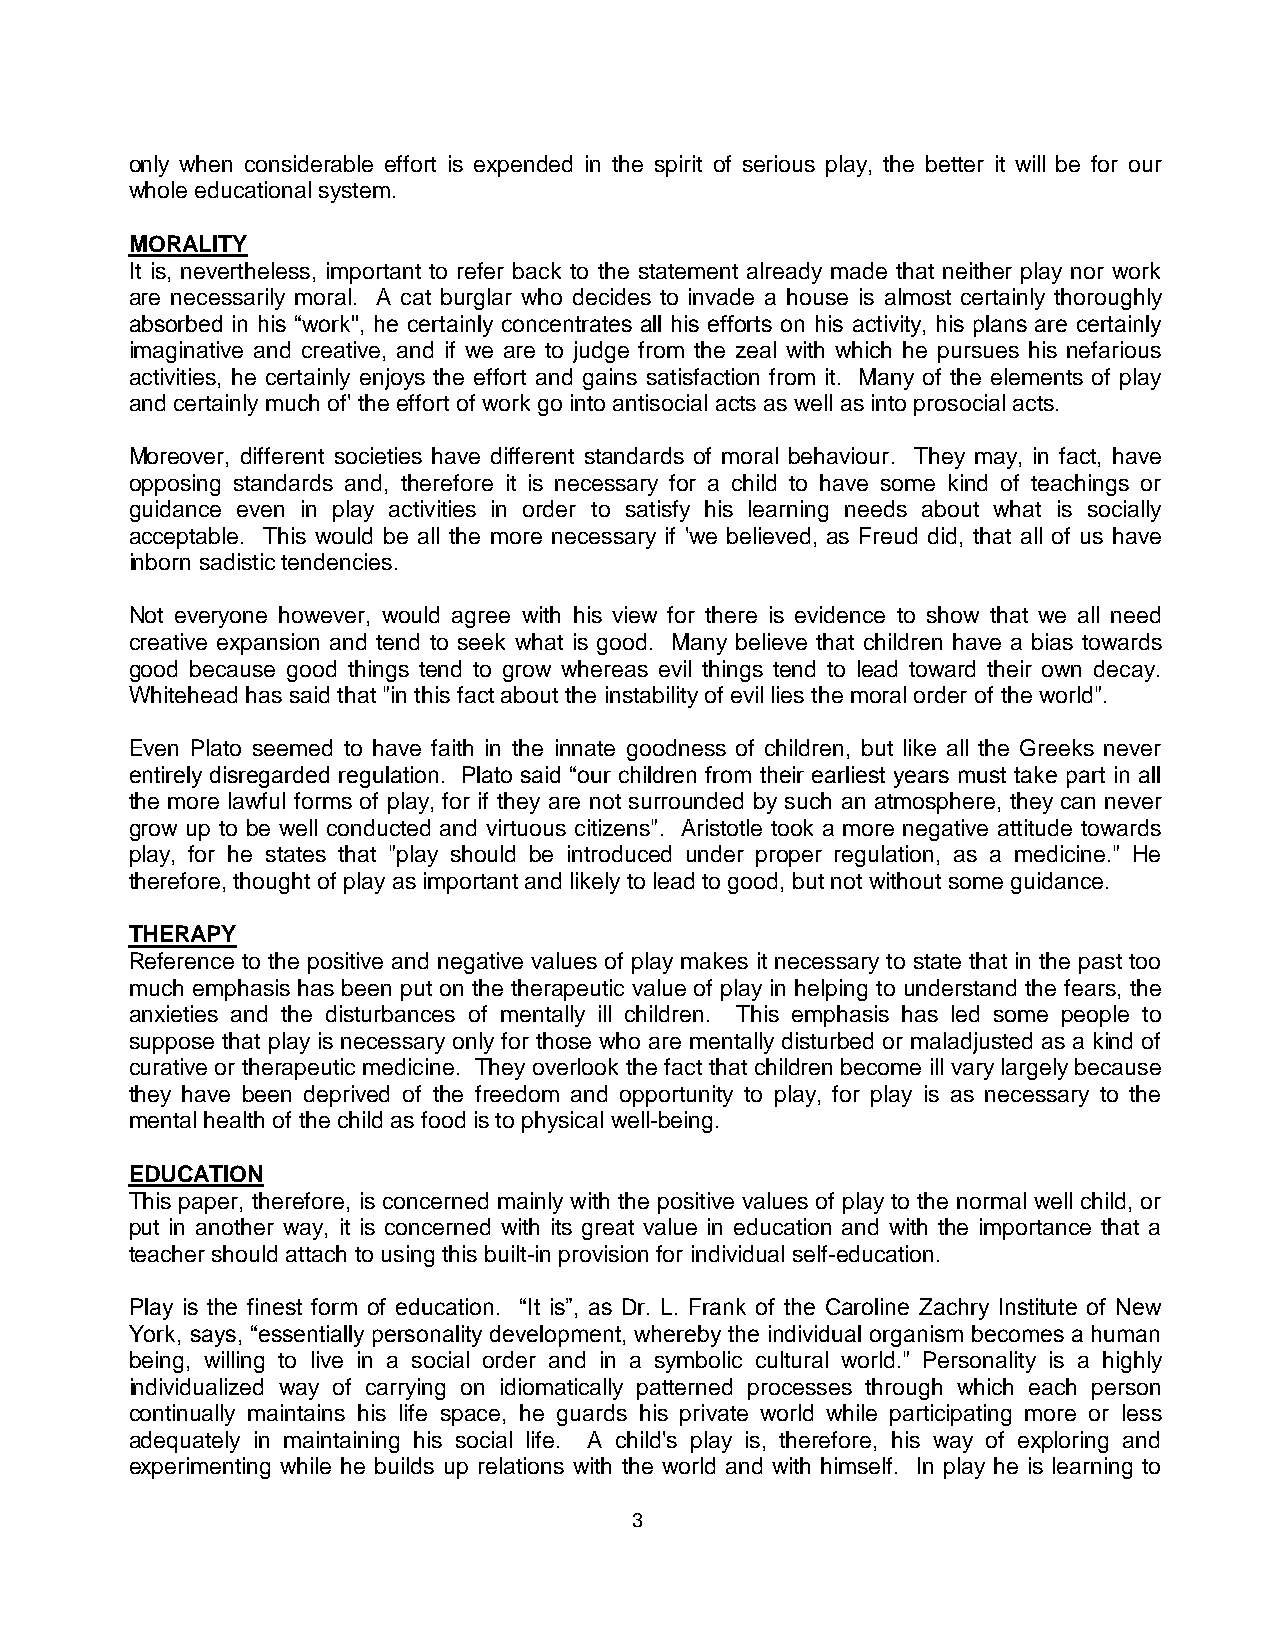
only when considerable effort is expended in the spirit of serious play, the better it will be for our
 whole educational system.
 MORALITY
 It is, nevertheless, important to refer back to the statement already made that neither play nor work
 are necessarily moral. A cat burglar who decides to invade a house is almost certainly thoroughly
 absorbed in his “work", he certainly concentrates all his efforts on his activity, his plans are certainly
 imaginative and creative, and if we are to judge from the zeal with which he pursues his nefarious
 activities, he certainly enjoys the effort and gains satisfaction from it. Many of the elements of play
 and certainly much of' the effort of work go into antisocial acts as well as into prosocial acts.
 Moreover, different societies have different standards of moral behaviour. They may, in fact, have
 opposing standards and, therefore it is necessary for a child to have some kind of teachings or
 guidance even in play activities in order to satisfy his learning needs about what is socially
 acceptable. This would be all the more necessary if 'we believed, as Freud did, that all of us have
 inborn sadistic tendencies.
 Not everyone however, would agree with his view for there is evidence to show that we all need
 creative expansion and tend to seek what is good. Many believe that children have a bias towards
 good because good things tend to grow whereas evil things tend to lead toward their own decay.
 Whitehead has said that "in this fact about the instability of evil lies the moral order of the world".
 Even Plato seemed to have faith in the innate goodness of children, but like all the Greeks never
 entirely disregarded regulation. Plato said “our children from their earliest years must take part in all
 the more lawful forms of play, for if they are not surrounded by such an atmosphere, they can never
 grow up to be well conducted and virtuous citizens". Aristotle took a more negative attitude towards
 play, for he states that "play should be introduced under proper regulation, as a medicine." He
 therefore, thought of play as important and likely to lead to good, but not without some guidance.
 THERAPY
 Reference to the positive and negative values of play makes it necessary to state that in the past too
 much emphasis has been put on the therapeutic value of play in helping to understand the fears, the
 anxieties and the disturbances of mentally ill children. This emphasis has led some people to
 suppose that play is necessary only for those who are mentally disturbed or maladjusted as a kind of
 curative or therapeutic medicine. They overlook the fact that children become ill vary largely because
 they have been deprived of the freedom and opportunity to play, for play is as necessary to the
 mental health of the child as food is to physical well-being.
 EDUCATION
 This paper, therefore, is concerned mainly with the positive values of play to the normal well child, or
 put in another way, it is concerned with its great value in education and with the importance that a
 teacher should attach to using this built-in provision for individual self-education.
 Play is the finest form of education. “It is”, as Dr. L. Frank of the Caroline Zachry Institute of New
 York, says, “essentially personality development, whereby the individual organism becomes a human
 being, willing to live in a social order and in a symbolic cultural world." Personality is a highly
 individualized way of carrying on idiomatically patterned processes through which each person
 continually maintains his life space, he guards his private world while participating more or less
 adequately in maintaining his social life. A child's play is, therefore, his way of exploring and
 experimenting while he builds up relations with the world and with himself. In play he is learning to
 3